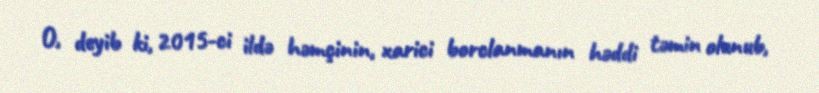
O, deyib ki, 2015-ci ildə həmçinin, xarici borclanmanın həddi təmin olunub,